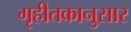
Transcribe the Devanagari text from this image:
गृहीतकानुसार